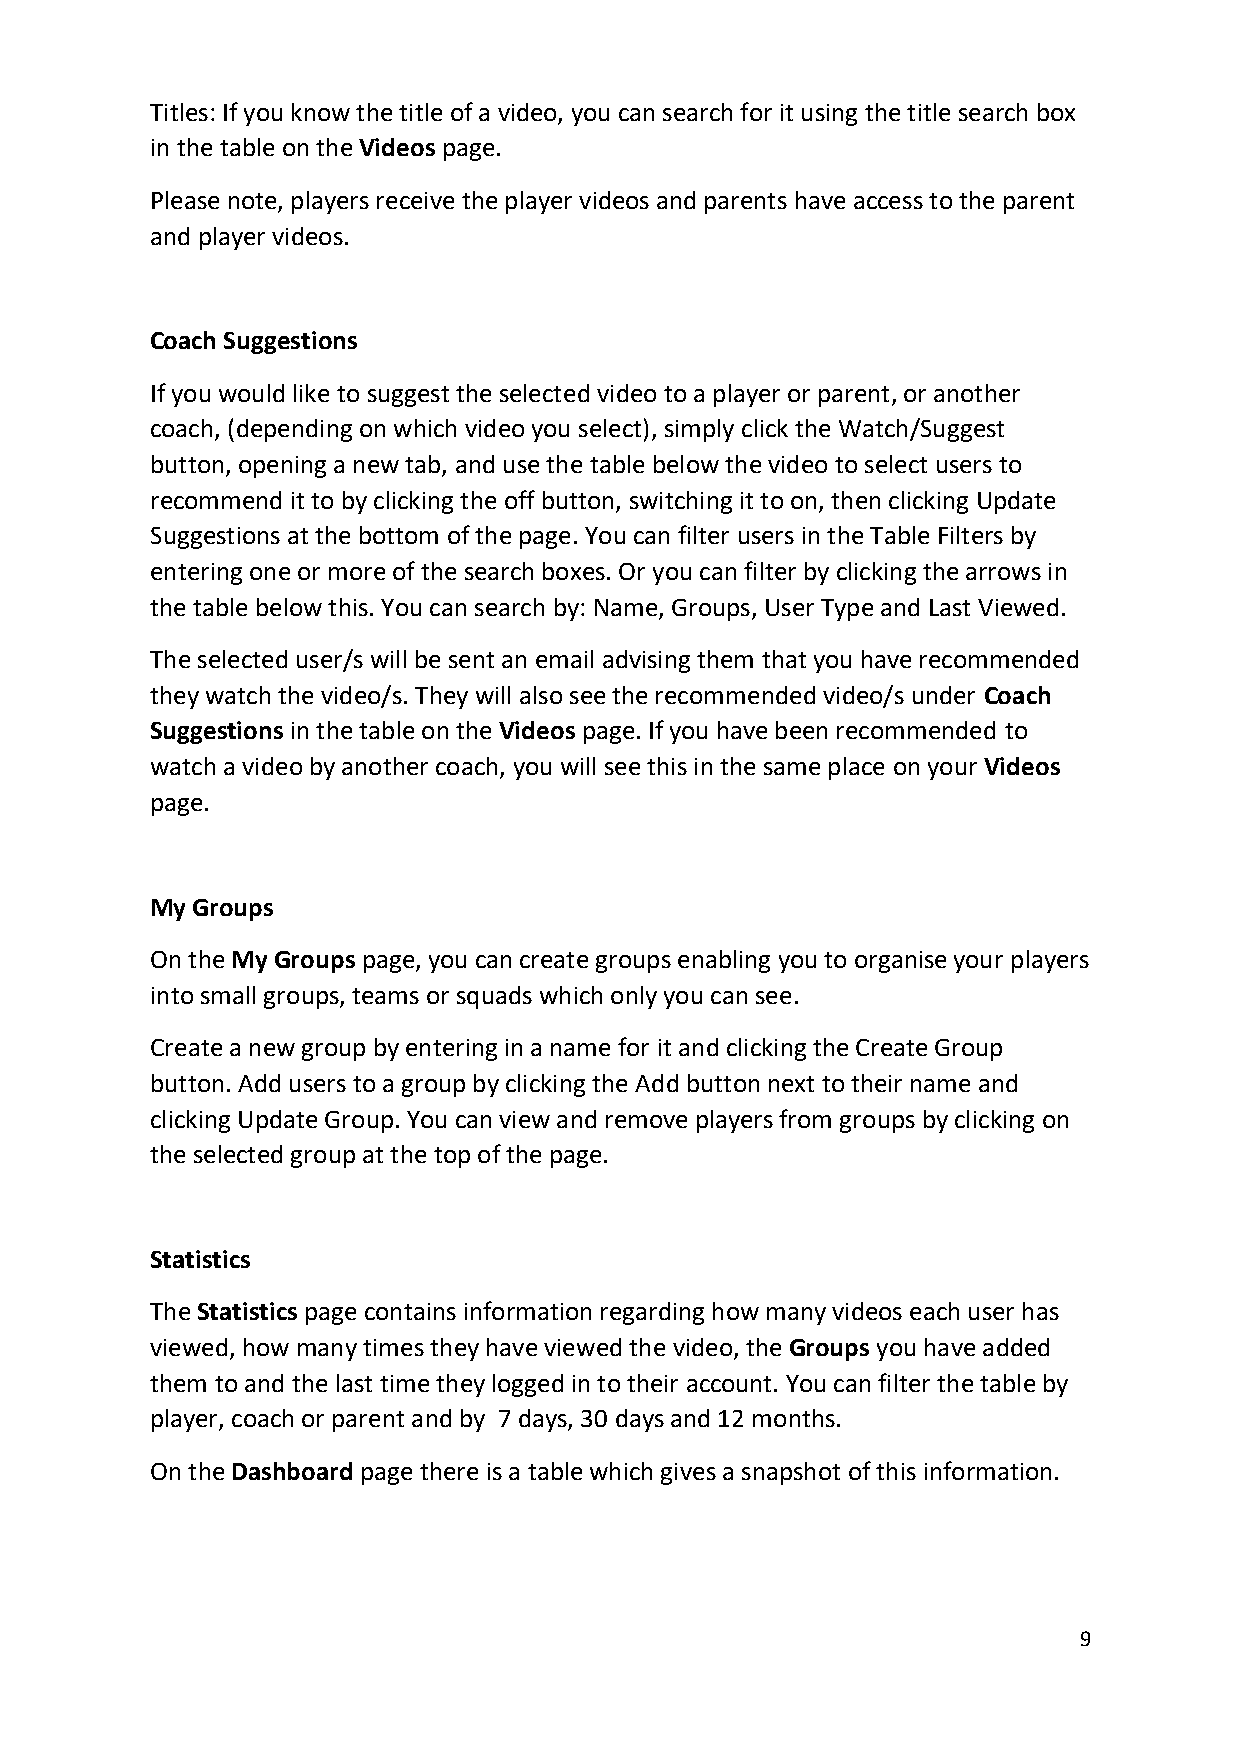
Titles: If you know the title of a video, you can search for it using the title search box
 in the table on the Videos page.
 Please note, players receive the player videos and parents have access to the parent
 and player videos.
 Coach Suggestions
 If you would like to suggest the selected video to a player or parent, or another
 coach, (depending on which video you select), simply click the Watch/Suggest
 button, opening a new tab, and use the table below the video to select users to
 recommend it to by clicking the off button, switching it to on, then clicking Update
 Suggestions at the bottom of the page. You can filter users in the Table Filters by
 entering one or more of the search boxes. Or you can filter by clicking the arrows in
 the table below this. You can search by: Name, Groups, User Type and Last Viewed.
 The selected user/s will be sent an email advising them that you have recommended
 they watch the video/s. They will also see the recommended video/s under Coach
 Suggestions in the table on the Videos page. If you have been recommended to
 watch a video by another coach, you will see this in the same place on your Videos
 page.
 My Groups
 On the My Groups page, you can create groups enabling you to organise your players
 into small groups, teams or squads which only you can see.
 Create a new group by entering in a name for it and clicking the Create Group
 button. Add users to a group by clicking the Add button next to their name and
 clicking Update Group. You can view and remove players from groups by clicking on
 the selected group at the top of the page.
 Statistics
 The Statistics page contains information regarding how many videos each user has
 viewed, how many times they have viewed the video, the Groups you have added
 them to and the last time they logged in to their account. You can filter the table by
 player, coach or parent and by 7 days, 30 days and 12 months.
 On the Dashboard page there is a table which gives a snapshot of this information.
 9